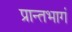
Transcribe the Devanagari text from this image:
प्रान्तभागं